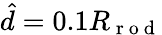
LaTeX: \hat{d}=0.1R_{\mathrm{~r~o~d~}}